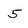
Character: 5